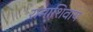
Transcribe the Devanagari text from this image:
रामाशिवाय